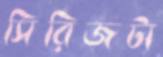
সিরিজটা